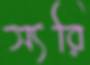
স্যরি